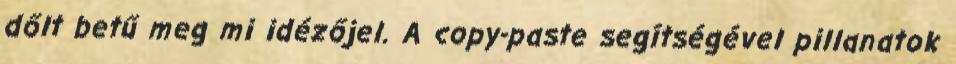
dőlt betű meg mi idézőjel. A copy-paste segítségével pillanatok